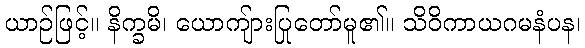
ယာဉ်ဖြင့်။ နိက္ခမိ၊ ယောကျ်ားပြုတော်မူ၏။ သိဝိကာယဂမနံပန၊